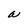
Character: a